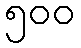
၅၀၀